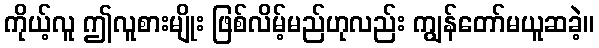
ကိုယ့်လူ ဤလူစားမျိုး ဖြစ်လိမ့်မည်ဟုလည်း ကျွန်တော်မယူဆခဲ့။